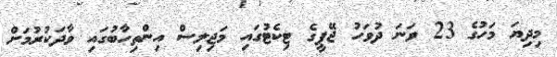
މިދިޔަ މަހުގެ 23 ވަނަ ދުވަހު ޖޭޕީގެ ޓިކެޓުގައި މަޖިލިސް އިންތިހާބުގައި ވާދަކުރުމަށް